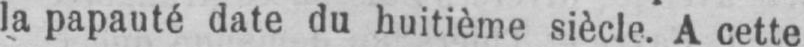
la papauté date du huitième siècle. A cette